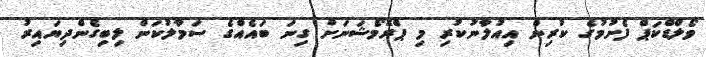
ވޯލްޑްކަޕް ފެށުމުގެ ކުރިން އިއުލާނުކުރި މި ޕްރޮމޯޝަނަށް ގިނަ ބައެއްގެ ސަމާލުކަން ލިބިގެންދިޔައިރު